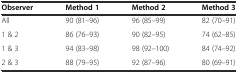
<table><thead><tr><td><b>Observer</b></td><td><b>Method 1</b></td><td><b>Method 2</b></td><td><b>Method 3</b></td></tr></thead><tbody><tr><td>All</td><td>90 (81–96)</td><td>96 (85–99)</td><td>82 (70–91)</td></tr><tr><td>1 &amp; 2</td><td>86 (76–93)</td><td>90 (82–95)</td><td>74 (62–85)</td></tr><tr><td>1 &amp; 3</td><td>94 (83–98)</td><td>98 (92–100)</td><td>84 (74–92)</td></tr><tr><td>2 &amp; 3</td><td>88 (79–95)</td><td>92 (87–96)</td><td>80 (69–91)</td></tr></tbody></table>